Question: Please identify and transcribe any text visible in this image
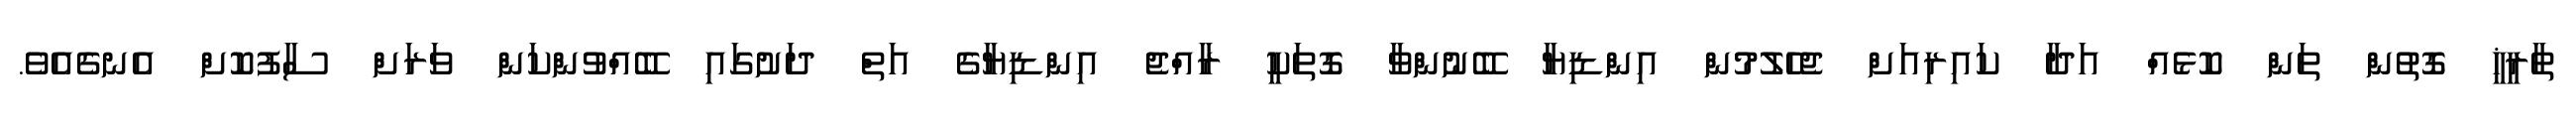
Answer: ތާރީޚީ ގޮތުން ތަން ކޮޅެއް އަދާ ކައިރިއަށް ޖެހެލުމުން އިންޑިޔާ ބޭނުންވާ ގޮތަކީ ރާއްޖެ އިންޑިޔާގެ އަތް ދަށުގައި ބޭއްވުންކަން ވަރަށް ސާފުކޮށް އެނގެއެވެ.